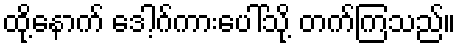
ထို့နောက် ဒေါ့ဂ်ကားပေါ်သို့ တက်ကြသည်။